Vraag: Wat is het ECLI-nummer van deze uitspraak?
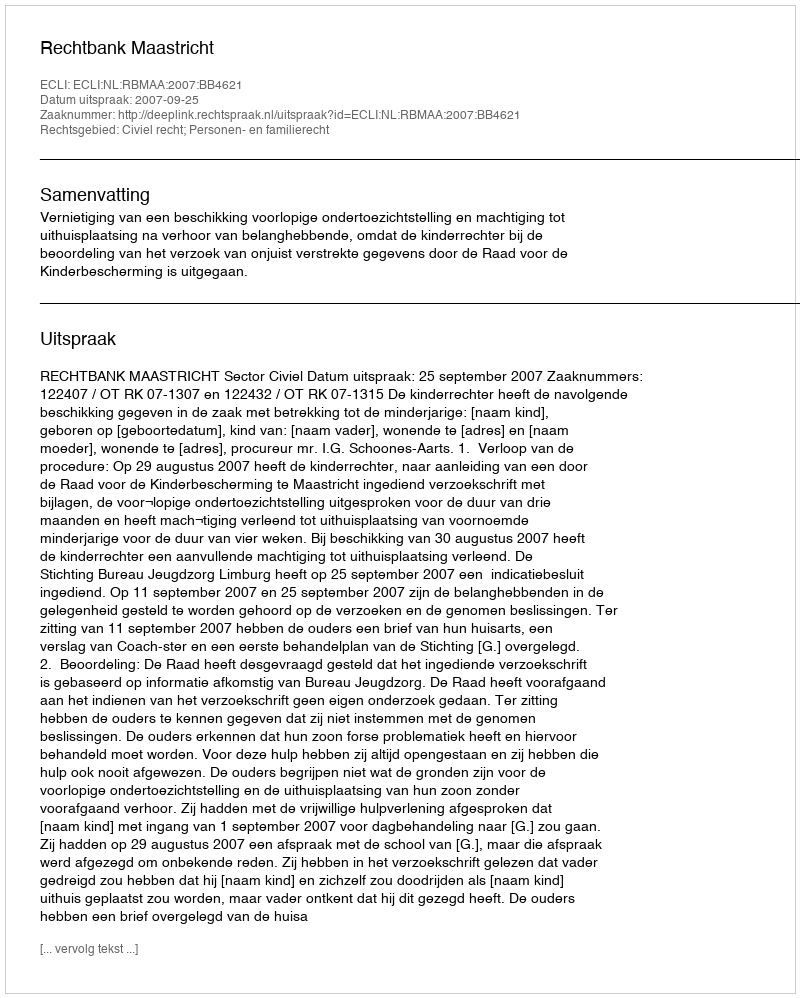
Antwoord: ECLI:NL:RBMAA:2007:BB4621